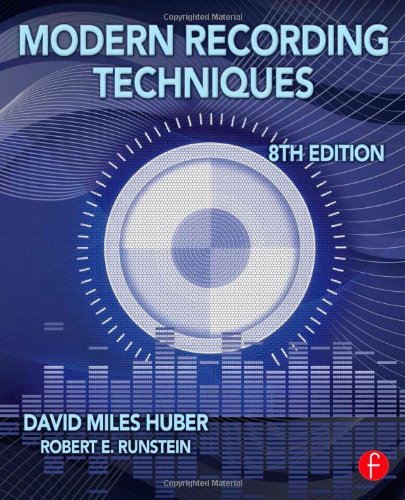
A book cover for Modern Recording Techniques (Audio Engineering Society Presents); David Miles Huber; Engineering & Transportation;